Civil Veterinary Department. Madras. Admin. report 1926-33 - 1926-1933
Year: 1926
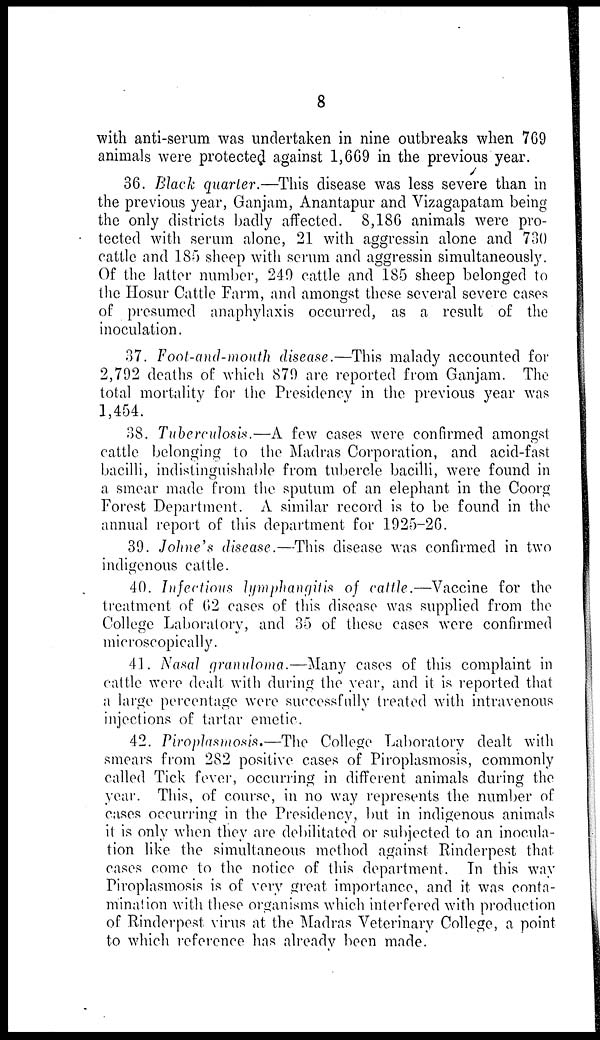
8
with anti-serum was undertaken in nine outbreaks when 769
animals were protected against 1,669 in the previous year.
36. Black quarter.—This disease was less severe than in
the previous year, Ganjam, Anantapur and Vizagapatam being
the only districts badly affected. 8,186 animals were pro-
tected with serum alone, 21 with aggressin alone and 730
cattle and 185 sheep with serum and aggressin simultaneously.
Of the latter number, 249 cattle and 185 sheep belonged to
the Hosur Cattle Farm, and amongst these several severe cases
of presumed anaphylaxis occurred, as a result of the
inoculation.
37. Foot-and-mouth disease.—This malady accounted for
2,792 deaths of which 879 are reported from Ganjam. The
total mortality for the Presidency in the previous year was
1,454.
38. Tuberculosis.—A few cases were confirmed amongst
cattle belonging to the Madras Corporation, and acid-fast
bacilli, indistinguishable from tubercle bacilli, were found in
a smear made from the sputum of an elephant in the Coorg
Forest Department. A similar record is to be found in the
annual report of this department for 1925-26.
39. Johne's disease. —This disease was confirmed in two
indigenous cattle.
40. Infections lymphangitis of cattle.—Vaccine for the
treatment of 62 cases of this disease was supplied from the
College Laboratory, and 35 of these cases were confirmed
microscopically.
41. Nasal granuloma.—Many cases of this complaint in
cattle were dealt with during the year, and it is reported that
a large percentage were successfully treated with intravenous
injections of tartar emetic.
42. Piroplasmosis.—The College Laboratory dealt with
smears from 282 positive cases of Piroplasmosis, commonly
called Tick fever, occurring in different animals during the
year. This, of course, in no way represents the number of
cases occurring in the Presidency, but in indigenous animals
it is only when they are debilitated or subjected to an inocula-
tion like the simultaneous method against Rinderpest that
cases come to the notice of this department. In this way
Piroplasmosis is of very great importance, and it was conta-
mination with these organisms which interfered with production
of Rinderpest virus at the Madras Veterinary College, a point
to which reference has already been made.